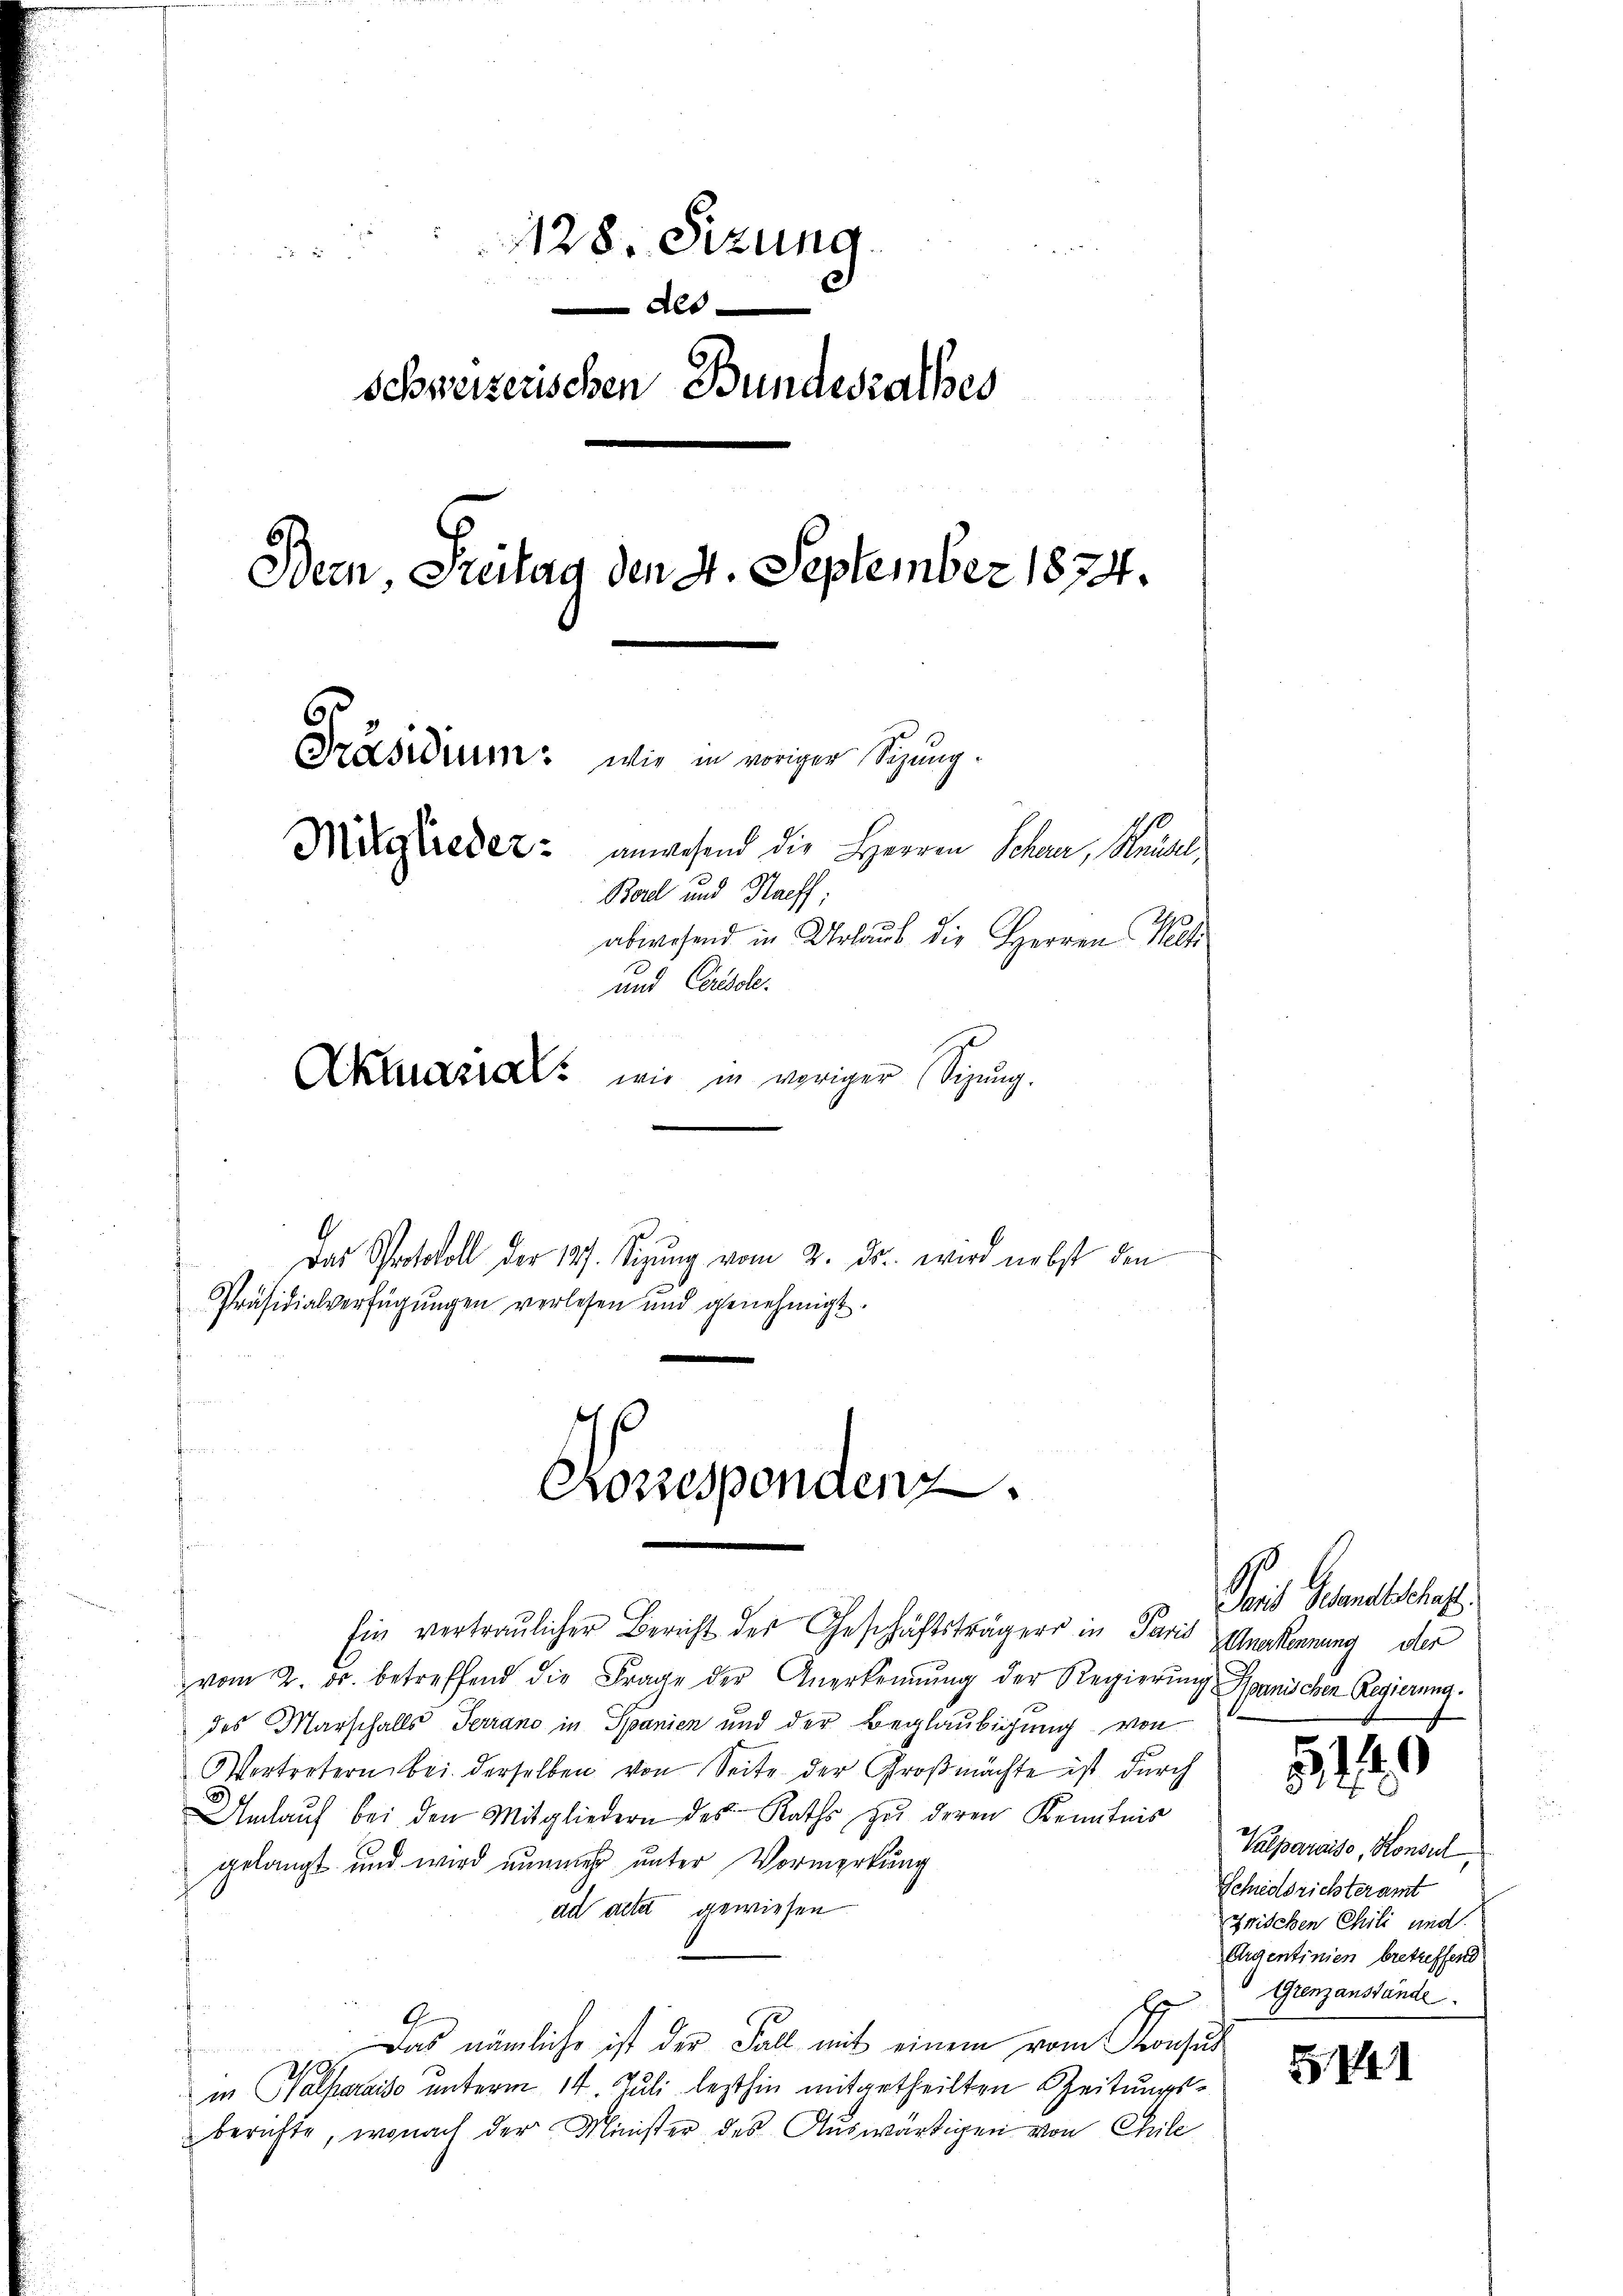
1128. Sizung.
2
Al
schweizerischen Bundesrathes
Bern, Freitag den 4. September 1874.
Präsidium: wie in voriger Sizung.
Mitglieder: anwesend die Herren Scheer, Krusel,
Bord und Haeff;
abwesend in Urlaub die Herren Welti
und Console.
Akanal wie in voriger Sigung.

Das Protokoll der 127. Sizung vom 2. ds. wird nebst den
Präsidialverfügungen verlesen und genehmigt.

Korrespondenz.

Ein vertraulicher Bericht des Geschäftsträgers in Paris Anerkennung der
vom 2. ds. betreffend die Frage der Anerkennung der Regierŭng Spanischen Regierung.
des Marschalls Terrano in Spanien und der Beglaubigung von
Vertretern bei derselben von Seite der Großmächte ist durch
Umkaŭf bei den Mitgliedern des Raths zŭ deren Kenntnis
gelangt und wird nimmer unter Vormerkung
da acta gewiesen
G.
Das nämliche ist der Fall mit einem vom Konsul
f
2
in Salparaiso unterm 14. Juli lezthin mitgetheilten Zeitungsberichte, wonach der Minister des Auswärtigen von Chile

Pois Schandschaft.

51

Valparaise, Konsul
Schiedsrichteramt
frischen Chili und
Araentinien betreffend
Grenzanstande

511